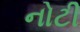
નોટી